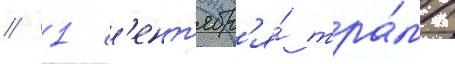
// 1 с'ент'ябр'я́ тра́мп